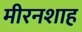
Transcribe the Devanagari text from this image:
मीरनशाह